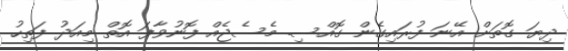
ދިޔަ ގޮތަށް އޭނަ ފުރައިގެން ގޮއްސި. މެސެޖެއް ފޮނުވާފަ އޮތް މިއަދު ފަތިހު